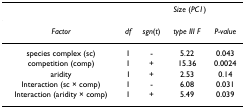
<table><thead><tr><td></td><td></td><td colspan="3"><b><i>Size </i>(<i>PC1</i>)</b></td></tr></thead><tbody><tr><td><i>Factor</i></td><td><i>df</i></td><td><i>sgn</i>(<i>t</i>)</td><td><i>type III F</i></td><td><i>P-value</i></td></tr><tr><td>species complex (sc)</td><td>1</td><td>-</td><td>5.22</td><td>0.043</td></tr><tr><td>competition (comp)</td><td>1</td><td>+</td><td>15.36</td><td>0.0024</td></tr><tr><td>aridity</td><td>1</td><td>+</td><td>2.53</td><td>0.14</td></tr><tr><td>Interaction (sc × comp)</td><td>1</td><td>-</td><td>6.08</td><td>0.031</td></tr><tr><td>Interaction (aridity × comp)</td><td>1</td><td>+</td><td>5.49</td><td>0.039</td></tr></tbody></table>